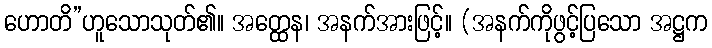
ဟောတိ”ဟူသောသုတ်၏။ အတ္ထေန၊ အနက်အားဖြင့်။ (အနက်ကိုဖွင့်ပြသော အဋ္ဌက